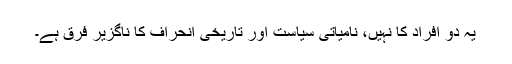
یہ دو افراد کا نہیں، نامیاتی سیاست اور تاریخی انحراف کا ناگزیر فرق ہے۔